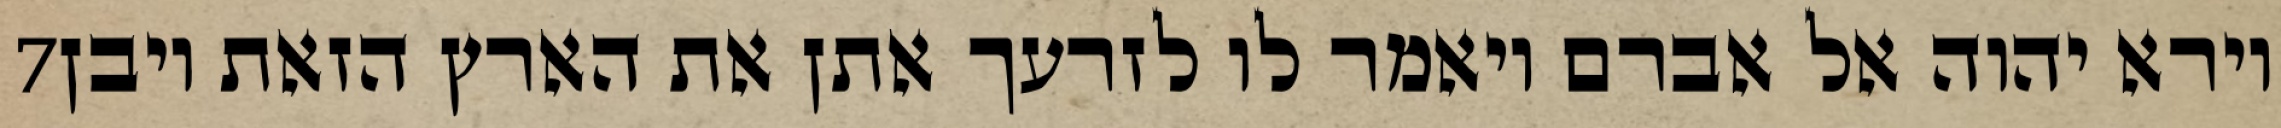
‎7‏ וירא יהוה אל אברם ויאמר לו לזרעך אתן את הארץ הזאת ויבן